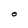
Character: O